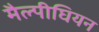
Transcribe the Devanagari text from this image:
मैल्पीघियन